Vaccination in Bombay 1924-1928 - 1924-1928
Year: 1924
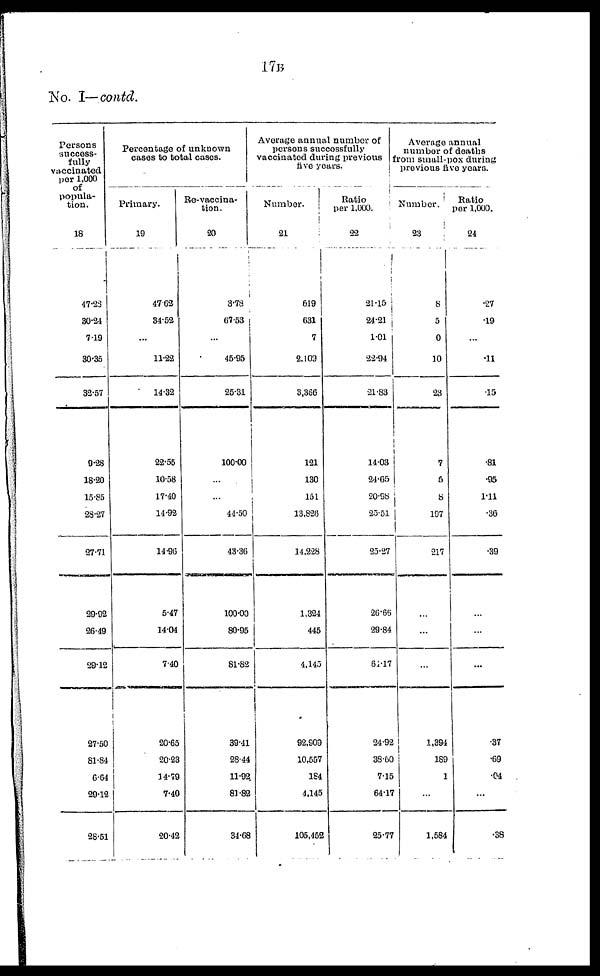
17B
No. I—contd.
Persons
success-
fully
vaccinated
per 1,000
of
popula-
tion.
18
47.23
30.24
7.19
30.35
32.57
9.28
18.20
15.85
28.27
27.71
29.92
26.49
29.12
27.50
81.84
6.64
29.12
28.51
Percentage of unknown
cases to total cases.
Primary.
19
47.63
34.52
...
11.22
14.32
22.55
10.58
17.40
14.92
14.96
5.47
14.04
7.40
20.65
20.23
14.79
7.40
20.42
Re-vaccina-
tion.
20
3.78
67.53
...
45.95
25.31
100.00
...
...
44.50
43.36
100.00
80.95
81.82
39.41
28.44
11.92.
81.82
34.68
Average annual number of
persons successfully
vaccinated during previous
five years.
Number.
21
619
631
7
2,109
3,366
121
130
151
13,826
14,228
1,324
445
4,145
92,909
10,557
184
4,145
105,452
Ratio
per 1,000.
22
21.15
24.21
1.01
22.94
21.83
14.03
24.65
20.98
25.51
25.27
26.66
29.84
61.17
24.92
38.60
7.15
64.17
25.77
Average annual
number of deaths
from small-pox during
previous five years.
Number.
23
8
5
0
10
23
7
5
8
197
217
...
...
...
1,394
189
1
...
1,584
Ratio
per 1,000.
24
.27
.19
...
.11
.15
.81
.95
1.11
.36
.39
...
...
...
.37
.69
.04
...
.38